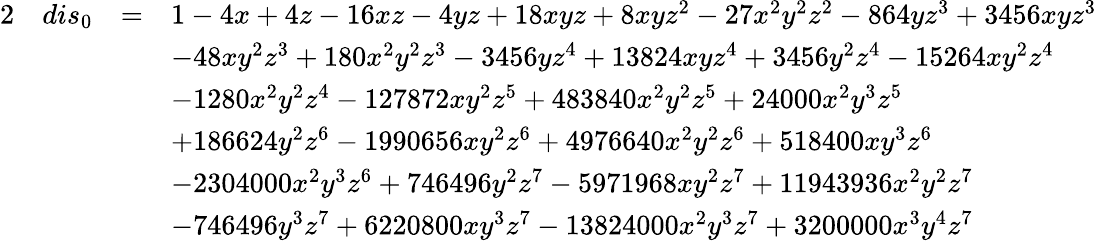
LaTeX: \begin{array}{rlrl}{{2}}&{dis_{0}}&{=}&{1-4x+4z-16xz-4yz+18xyz+8xyz^{2}-27x^{2}y^{2}z^{2}-864yz^{3}+3456xyz^{3}}\\ &{}&&{-48xy^{2}z^{3}+180x^{2}y^{2}z^{3}-3456yz^{4}+13824xyz^{4}+3456y^{2}z^{4}-15264xy^{2}z^{4}}\\ &{}&&{-1280x^{2}y^{2}z^{4}-127872xy^{2}z^{5}+483840x^{2}y^{2}z^{5}+24000x^{2}y^{3}z^{5}}\\ &{}&&{+186624y^{2}z^{6}-1990656xy^{2}z^{6}+4976640x^{2}y^{2}z^{6}+518400xy^{3}z^{6}}\\ &{}&&{-2304000x^{2}y^{3}z^{6}+746496y^{2}z^{7}-5971968xy^{2}z^{7}+11943936x^{2}y^{2}z^{7}}\\ &{}&&{-746496y^{3}z^{7}+6220800xy^{3}z^{7}-13824000x^{2}y^{3}z^{7}+3200000x^{3}y^{4}z^{7}}\end{array}